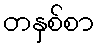
တနှစ်စာ